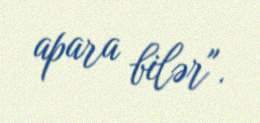
apara bilər".